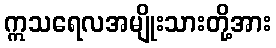
ဣသရေလအမျိုးသားတို့အား